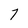
Character: 7